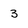
Character: 3